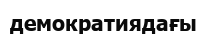
демократиядағы